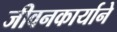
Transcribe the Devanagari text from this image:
जीवनकार्याने